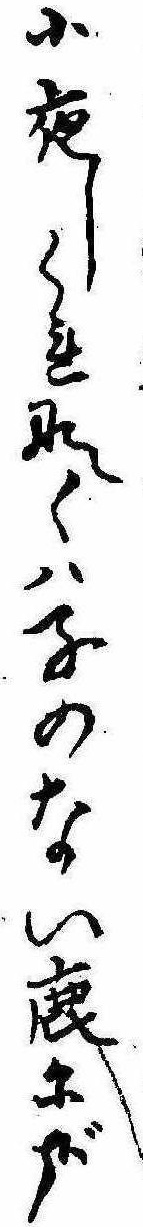
小夜しくれなくは子のない鹿に哉